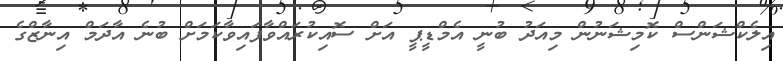
އިލެކްޝަންސް ކޮމިޝަނުން މިއަދު ބުނީ އެމްޑީޕީ އަށް ސޮއިކުރައްވާފައިވާކަމަށް ބުނެ އާދަމް އިނާޒްގެ